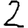
Digit: 2